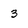
Character: 3